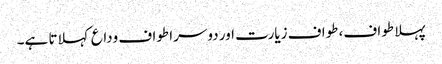
پہلا طواف، طواف زیارت اور دوسرا طواف وداع کہلاتا ہے۔